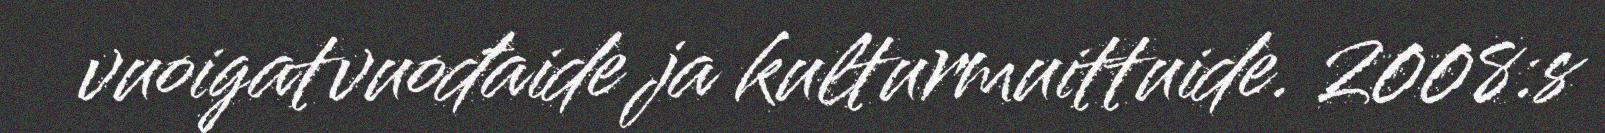
vuoigatvuođaide ja kulturmuittuide. 2008:s